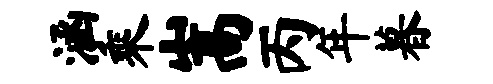
涵乘嵩丙年暮